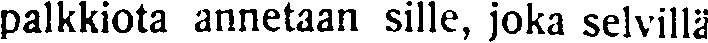
palkkiota annetaan sille, joka selvillä